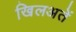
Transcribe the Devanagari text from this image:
खिलअतें